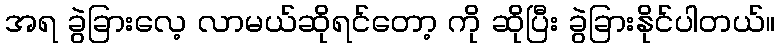
အရ ခွဲခြားလေ့ လာမယ်ဆိုရင်တော့ ကို ဆိုပြီး ခွဲခြားနိုင်ပါတယ်။